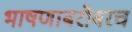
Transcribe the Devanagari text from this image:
भाषणाबरोबरच